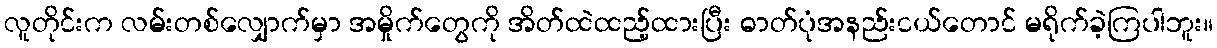
လူတိုင်းက လမ်းတစ်လျှောက်မှာ အမှိုက်တွေကို အိတ်ထဲထည့်ထားပြီး ဓာတ်ပုံအနည်းငယ်တောင် မရိုက်ခဲ့ကြပါဘူး။